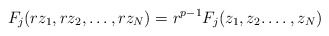
\begin{align*}F_j(r z_1, r z_2,\dots, r z_N) = r^{p-1} F_j ( z_1, z_2.\dots,z_N) \end{align*}